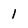
Character: 1